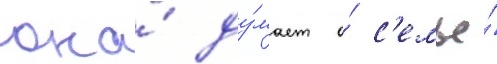
она́ ду́мает о́ с'емье́